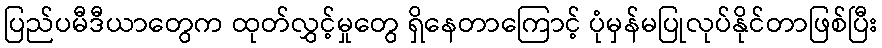
ပြည်ပမီဒီယာတွေက ထုတ်လွှင့်မှုတွေ ရှိနေတာကြောင့် ပုံမှန်မပြုလုပ်နိုင်တာဖြစ်ပြီး